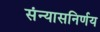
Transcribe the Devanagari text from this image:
संन्यासनिर्णय